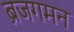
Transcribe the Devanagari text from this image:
ब्रजगमन